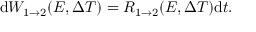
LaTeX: \mathrm { d } W _ { 1 \rightarrow 2 } ( E , \Delta T ) = R _ { 1 \rightarrow 2 } ( E , \Delta T ) \mathrm { d } t .